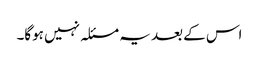
اس کے بعد یہ مسئلہ نہیں ہوگا۔